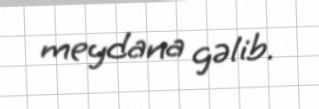
meydana gəlib.